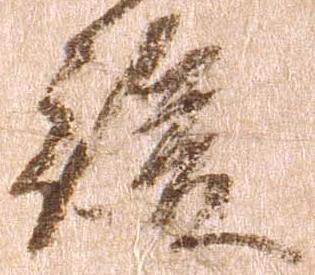
後